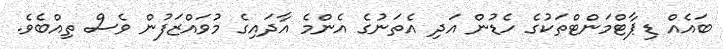
ބައެއް ޑިޕާޓްމަންޓްތަކުގެ ހެޑުން އަދި އެތަނުގެ އެންމެ އާދައިގެ މުވައްޒަފުން ވެސް ތިއްބެވެ.